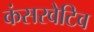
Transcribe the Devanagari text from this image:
कंसरवेटिव